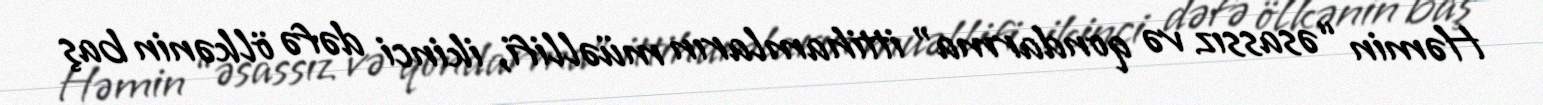
Həmin “əsassız və qondarma” ittihamların müəllifi, ikinci dəfə ölkənin baş